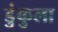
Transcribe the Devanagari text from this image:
डुंकुला